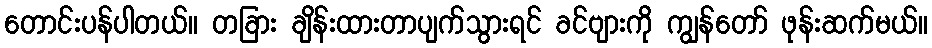
တောင်းပန်ပါတယ်။ တခြား ချိန်းထားတာပျက်သွားရင် ခင်ဗျားကို ကျွန်တော် ဖုန်းဆက်မယ်။